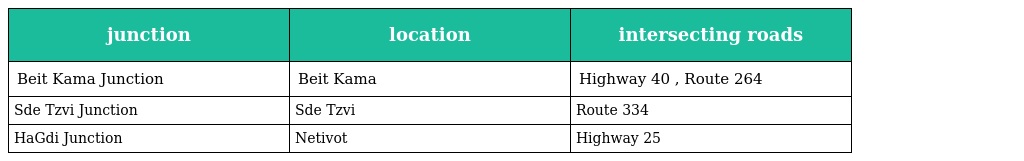
| junction | location | intersecting roads |
 | --- | --- | --- |
 | Beit Kama Junction | Beit Kama | Highway 40 , Route 264 |
 | Sde Tzvi Junction | Sde Tzvi | Route 334 |
 | HaGdi Junction | Netivot | Highway 25 |